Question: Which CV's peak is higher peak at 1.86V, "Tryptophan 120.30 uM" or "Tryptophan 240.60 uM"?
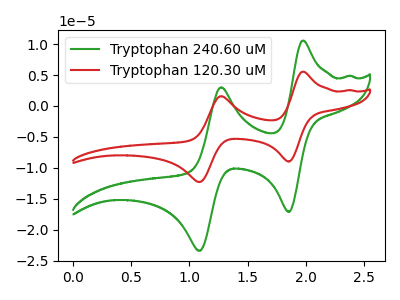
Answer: <think>The green curve "Tryptophan 240.60 uM" has anodic peaks at (1.95V, 10.55uA) (1.25V, 3.05uA) and cathodic peaks at (1.85V, -17.10uA) (1.10V, -23.40uA). The red curve "Tryptophan 120.30 uM" has anodic peaks at (1.95V, 5.55uA) (1.25V, 1.60uA) and cathodic peaks at (1.85V, -9.00uA) (1.10V, -12.30uA).</think>
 <answer>The peak at 1.86V is lower in "Tryptophan 120.30 uM" than in "Tryptophan 240.60 uM".</answer>
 <eval>lower</eval>